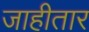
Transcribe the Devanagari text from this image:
जाहीतार